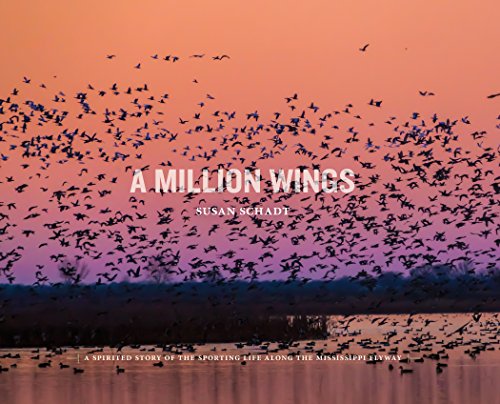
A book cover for A Million Wings: A Spirited Story of the Sporting Life Along the Mississippi Flyway; Susan Schadt; Arts & Photography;